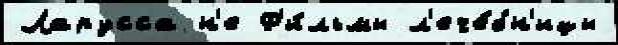
Ларусса н'е Ф'и́льмы л'ече́бн'ицы